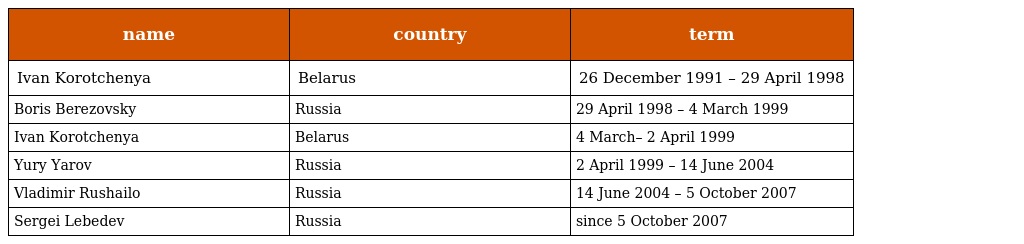
| name | country | term |
 | --- | --- | --- |
 | Ivan Korotchenya | Belarus | 26 December 1991 – 29 April 1998 |
 | Boris Berezovsky | Russia | 29 April 1998 – 4 March 1999 |
 | Ivan Korotchenya | Belarus | 4 March– 2 April 1999 |
 | Yury Yarov | Russia | 2 April 1999 – 14 June 2004 |
 | Vladimir Rushailo | Russia | 14 June 2004 – 5 October 2007 |
 | Sergei Lebedev | Russia | since 5 October 2007 |